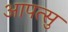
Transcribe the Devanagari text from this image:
आपत्सु